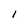
Character: I